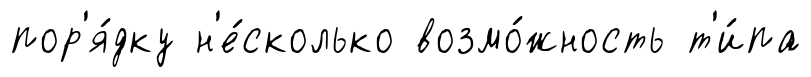
пор'я́дку н'е́сколько возмо́жность т'и́па